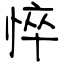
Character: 悴